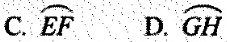
C. \stackrel\frown{EF} D. \stackrel\frown{CH}